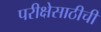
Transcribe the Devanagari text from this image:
परीक्षेसाठीची